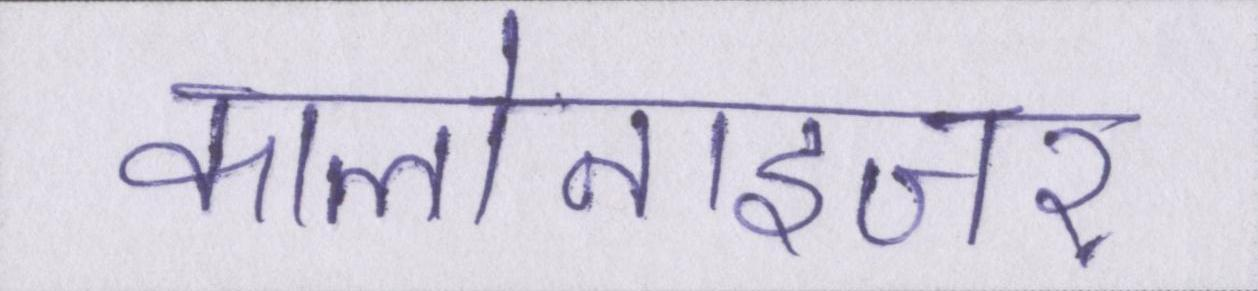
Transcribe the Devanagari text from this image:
कालोनाइजर